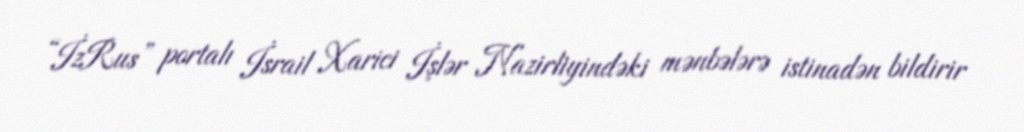
“İzRus” portalı İsrail Xarici İşlər Nazirliyindəki mənbələrə istinadən bildirir